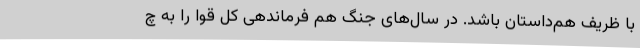
با ظریف هم‌داستان باشد. در سال‌های جنگ هم فرماندهی کل قوا را به چ